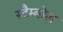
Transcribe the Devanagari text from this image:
स्टैम्बोल